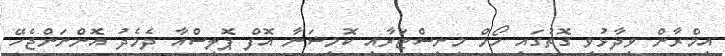
އިމްރާން ވިދާޅުވި ގޮތުގައި ހޯމް މިނިސްޓަރާއި ކޮމިޝަނާ އޮފް ޕޮލިސްއާ ދެމެދު އޮންނަންޖެހޭ